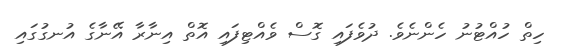
ހިތް ހުއްޓުނު ހެންނެވެ. ދުވެފައި ގޮސް ވެއްޓިފައި އޮތް އިނާރާ އޭނާގެ އުނގުގައި